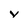
Character: v